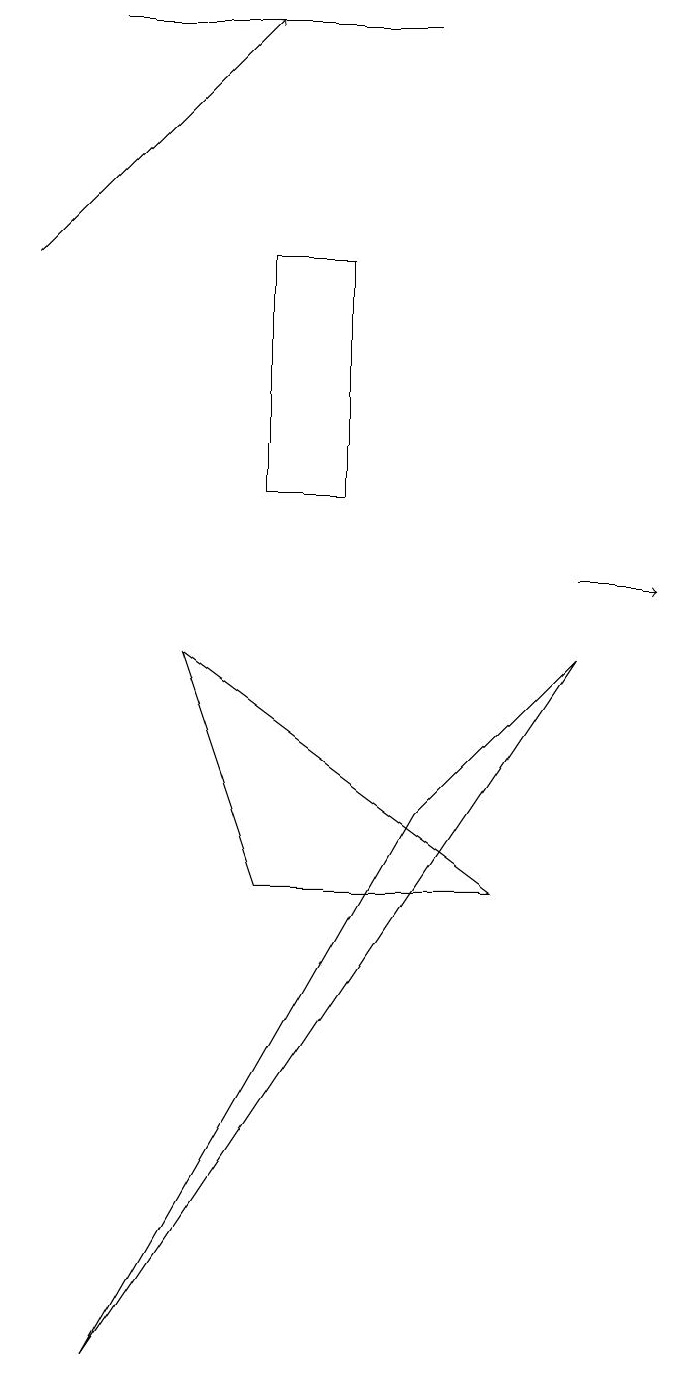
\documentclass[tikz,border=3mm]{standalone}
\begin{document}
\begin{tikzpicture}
\draw (5,7) -- (7,9) -- (1,0) -- cycle;
\draw (6,6) -- (3,6) -- (2,9) -- cycle;
\draw[->] (7,10) -- (8,10);
\draw (5,17) rectangle (1,17);
\draw (4,14) rectangle (3,11);
\draw[->] (0,14) -- (3,17);
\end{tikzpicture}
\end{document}